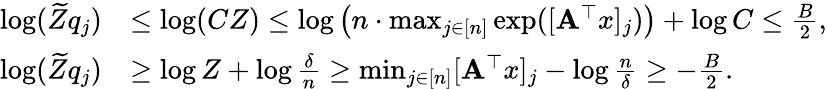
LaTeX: \begin{array}{rl}{\log(\widetilde{Z}q_{j})}&{\le\log(CZ)\le\log\left(n\cdot\operatorname*{max}_{j\in[n]}\exp([\mathbf{A}^{\top}x]_{j})\right)+\log C\le\frac B2,}\\ {\log(\widetilde{Z}q_{j})}&{\ge\log Z+\log\frac\delta n\ge\operatorname*{min}_{j\in[n]}[\mathbf{A}^{\top}x]_{j}-\log\frac n\delta\ge-\frac B2.}\end{array}